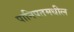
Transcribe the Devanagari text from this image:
पानिपतमधील